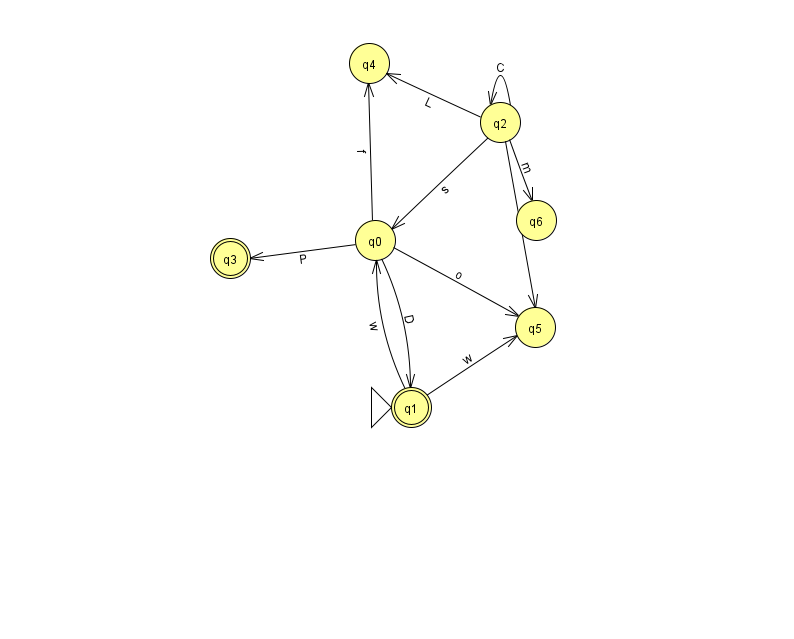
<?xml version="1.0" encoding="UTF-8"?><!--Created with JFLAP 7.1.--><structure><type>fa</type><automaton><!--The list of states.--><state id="0" name="q0"><x>375.0</x><y>227.0</y></state><state id="1" name="q1"><x>411.0</x><y>394.0</y><initial/><final/></state><state id="2" name="q2"><x>500.0</x><y>109.0</y></state><state id="3" name="q3"><x>230.0</x><y>245.0</y><final/></state><state id="4" name="q4"><x>369.0</x><y>50.0</y></state><state id="5" name="q5"><x>535.0</x><y>314.0</y></state><state id="6" name="q6"><x>536.0</x><y>207.0</y></state><!--The list of transitions.--><transition><from>0</from><to>4</to><read>f</read></transition><transition><from>2</from><to>2</to><read>C</read></transition><transition><from>2</from><to>5</to><read>t</read></transition><transition><from>2</from><to>0</to><read>s</read></transition><transition><from>0</from><to>5</to><read>o</read></transition><transition><from>1</from><to>5</to><read>w</read></transition><transition><from>2</from><to>4</to><read>L</read></transition><transition><from>0</from><to>3</to><read>P</read></transition><transition><from>1</from><to>0</to><read>w</read></transition><transition><from>0</from><to>1</to><read>D</read></transition><transition><from>2</from><to>6</to><read>m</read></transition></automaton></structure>